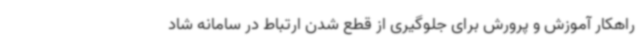
راهکار آموزش و پرورش برای جلوگیری از قطع شدن ارتباط در سامانه شاد